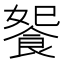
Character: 𩛗